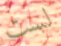
لست